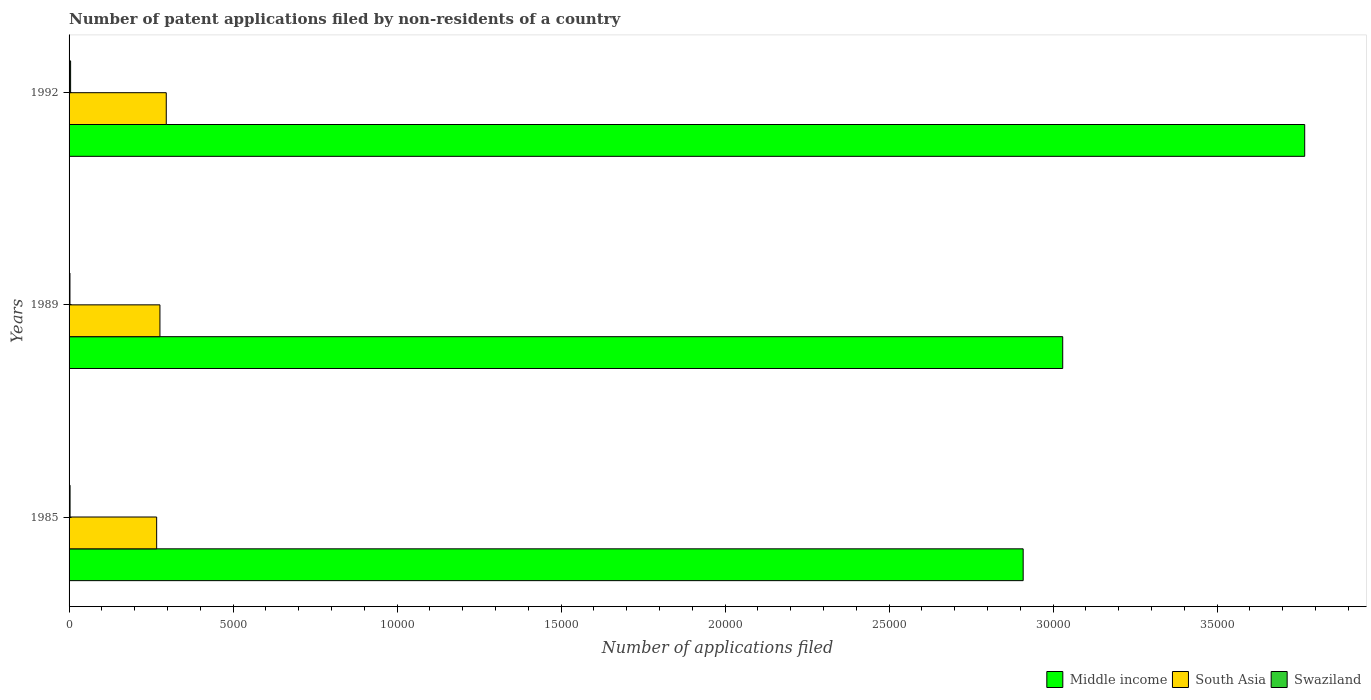
| Years | Middle income | South Asia | Swaziland |
 | --- | --- | --- | --- |
 | 1985 | 2.91e+04 | 2.67e+03 | 30 |
 | 1989 | 3.03e+04 | 2.77e+03 | 27 |
 | 1992 | 3.77e+04 | 2.96e+03 | 47 |